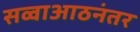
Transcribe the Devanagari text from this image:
सव्वाआठनंतर